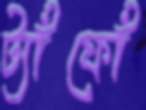
ট্যাঁফোঁ